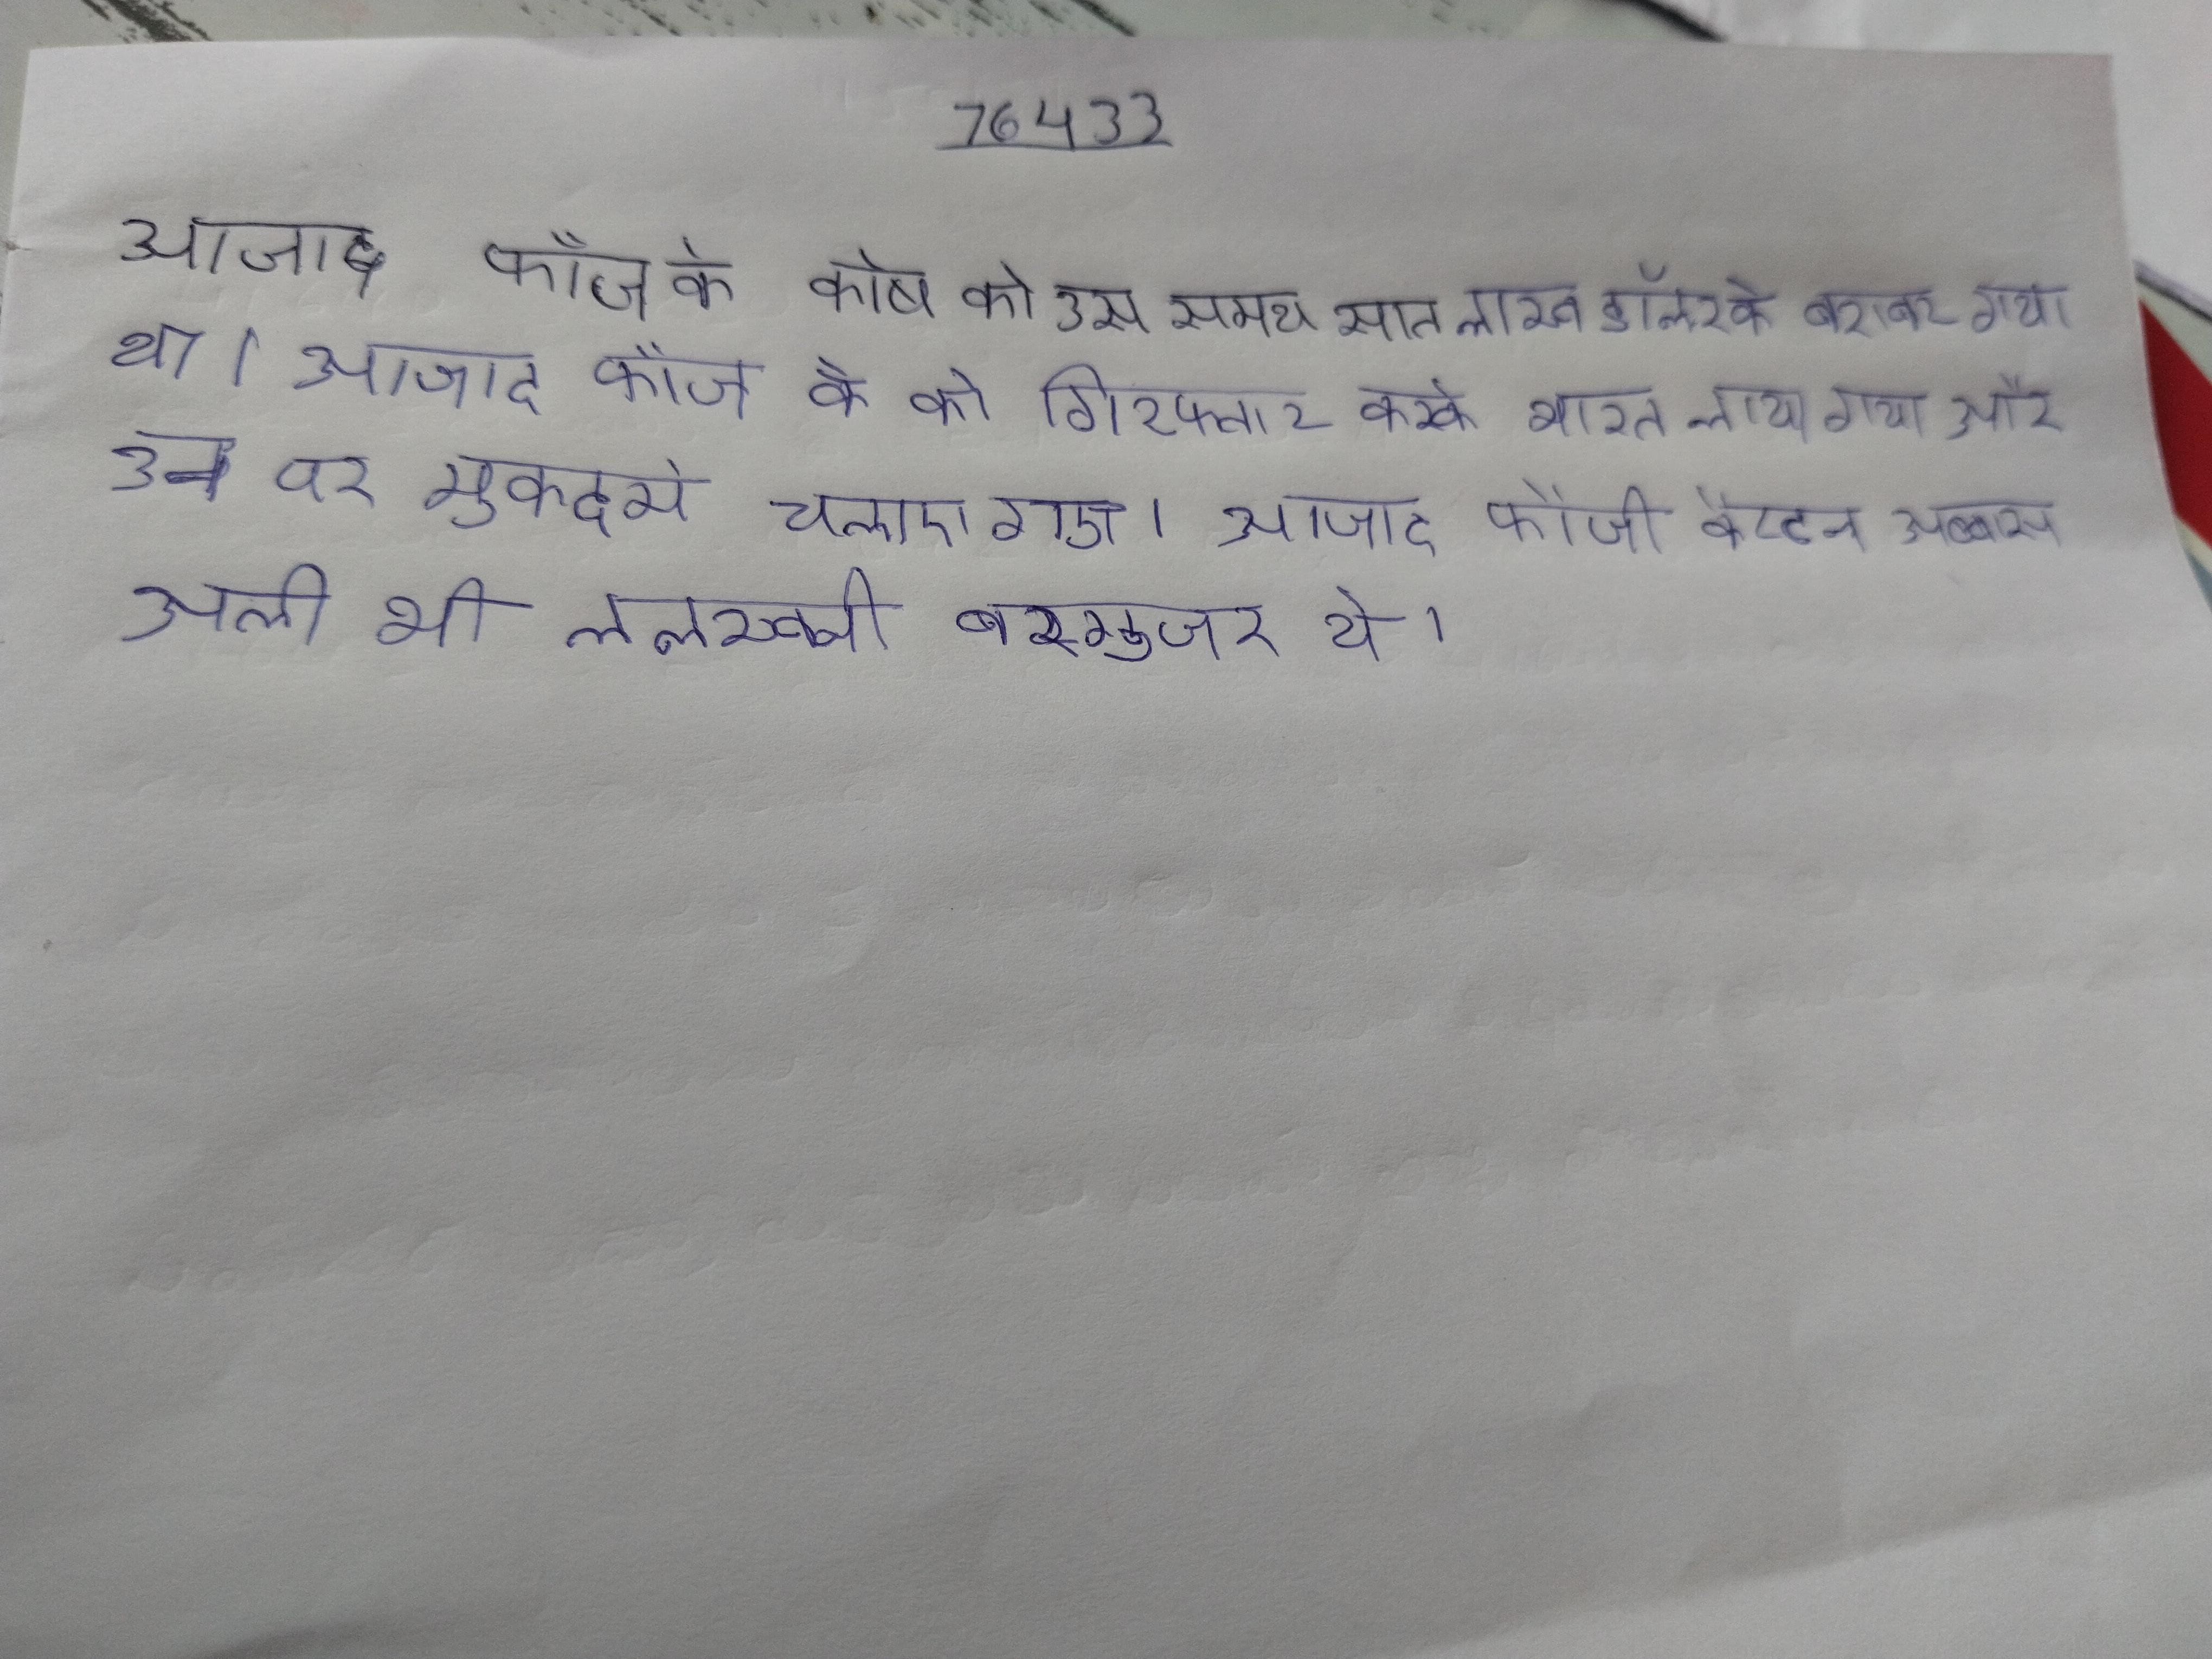
आजाद फौज के कोष को उस समय सात लाख डॉलर के बराबर गया था । आजाद फौज के को गिरफ्तार करके भारत लाया गया और उन पर मुकदमे चलाए गए । आजाद फौजी कैप्टन अब्बास अली भी ललखनी बरगुजर थे ।